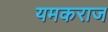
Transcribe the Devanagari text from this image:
यमकराज